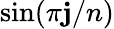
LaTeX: \sin(\pi\mathbf{j}/n)